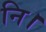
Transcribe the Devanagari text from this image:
नि।